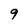
Character: 9